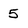
Character: 5